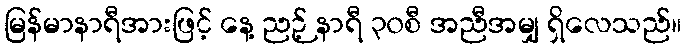
မြန်မာနာရီအားဖြင့် နေ့ ညဉ့် နာရီ ၃၀စီ အညီအမျှ ရှိလေသည်။